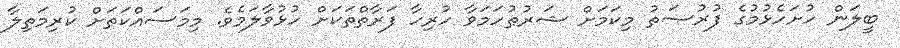
ބީލަން ހުށަހެޅުމުގެ ފުރުޞަތު މިކަމަށް ޝަރުޠުހަމަވާ ހުރިހާ ފަރާތްތަކަށް ހުޅުވާލަމެވެ. މިމަސައްކަތަށް ކުރިމަތިލާ